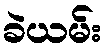
ခဲယမ်း